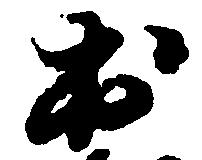
出